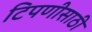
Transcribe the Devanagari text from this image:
टिपणीसाठी